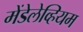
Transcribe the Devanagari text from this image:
मेंडेलेव्हियम